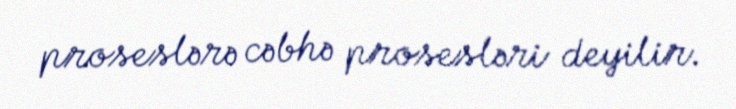
proseslərə cəbhə prosesləri deyilir.